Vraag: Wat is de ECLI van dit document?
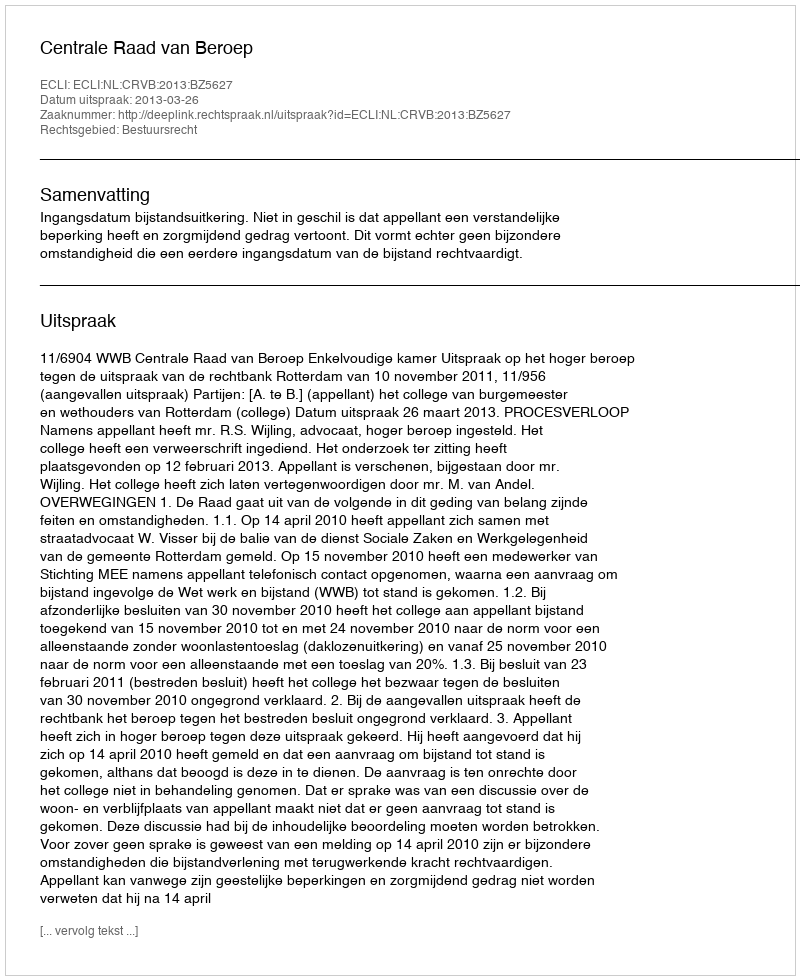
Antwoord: ECLI:NL:CRVB:2013:BZ5627